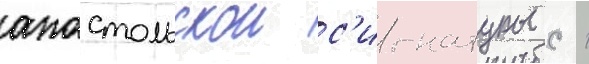
апостольскои с'игнатуры с 1